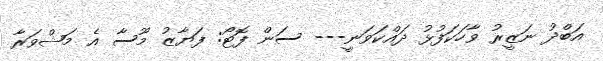
އަބްދު ނަޒީރު ވާހަކަފުޅު ދައްކަވަނީ--- ސަން ފޮޓޯ: ފަޔާޒު މޫސާ އެ މަޝްވަރާ